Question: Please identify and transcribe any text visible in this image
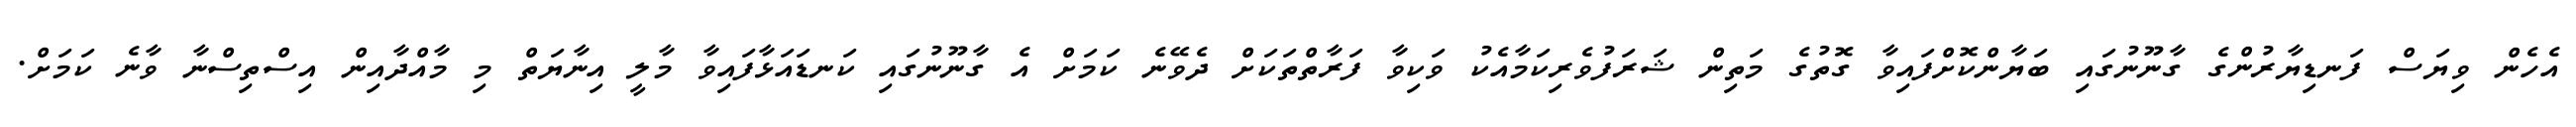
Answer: އެހެން ވިޔަސް ފަނޑިޔާރުންގެ ގާނޫނުގައި ބަޔާންކޮށްފައިވާ ގޮތުގެ މަތިން ޝަރަފުވެރިކަމާއެކު ވަކިވާ ފަރާތްތަކަށް ދެވޭނެ ކަމަށް އެ ގާނޫނުގައި ކަނޑައަޅާފައިވާ މާލީ އިނާޔަތް މި މާއްދާއިން އިސްތިސްނާ ވާނެ ކަމަށް.